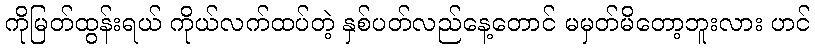
ကိုမြတ်ထွန်းရယ် ကိုယ်လက်ထပ်တဲ့ နှစ်ပတ်လည်နေ့တောင် မမှတ်မိတော့ဘူးလား ဟင်